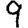
Digit: 9